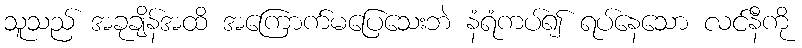
သူသည် အခုချိန်အထိ အကြောက်မပြေသေးဘဲ နံရံကပ်၍ ရပ်နေသော လင်နီကို